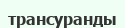
трансуранды